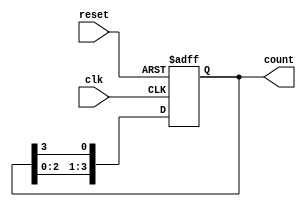
module ring_counter (
    input wire clk,     // Clock input
    input wire reset,   // Reset input
    output reg [3:0] count  // 4-bit output representing the current state
);

// Initial state definition (State 0)
initial begin
    count = 4'b0001; // Start in state 0 (0001)
end

// State transition process
always @(posedge clk or posedge reset) begin
    if (reset) begin
        count <= 4'b0001; // Reset to State 0 (0001)
    end else begin
        // Circular shift of the '1'
        count <= {count[2:0], count[3]};
    end
end

endmodule